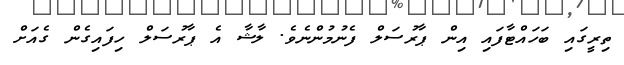
ތިރީގައި ބަހައްޓާފައި އިން ޕާރުސަލް ފެނުމުންނެވެ. ލާޝާ އެ ޕާރުސަލް ހިފައިގެން ގެއަށް